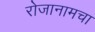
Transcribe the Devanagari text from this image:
रोजानामचा